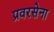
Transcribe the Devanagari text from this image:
प्रवरसेना